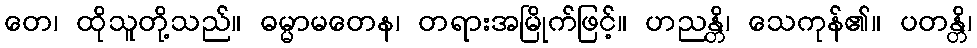
တေ၊ ထိုသူတို့သည်။ ဓမ္မာမတေန၊ တရားအမြိုက်ဖြင့်။ ဟညန္တိ၊ သေကုန်၏။ ပတန္တိ၊